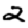
Digit: 2